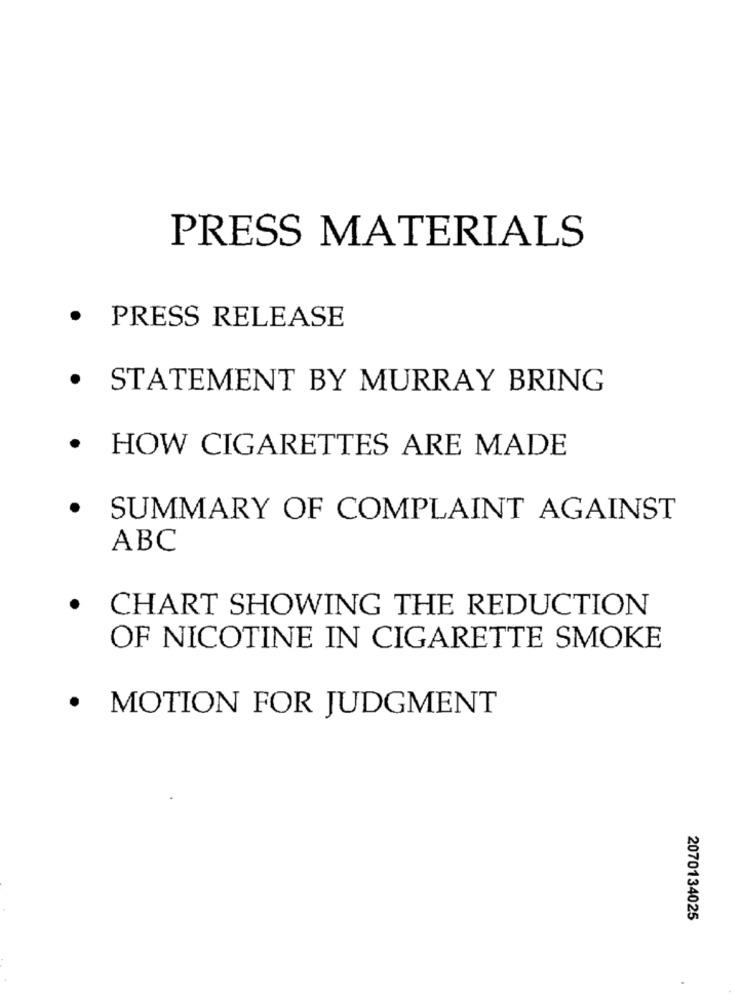
PRESS MATERIALS
· PRESS RELEASE
. STATEMENT BY MURRAY BRING
. HOW CIGARETTES ARE MADE
· SUMMARY OF COMPLAINT AGAINST
ABC
. CHART SHOWING THE REDUCTION
OF NICOTINE IN CIGARETTE SMOKE
· MOTION FOR JUDGMENT
2070134025